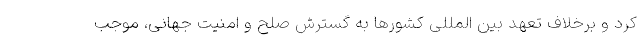
کرد و برخلاف تعهد بین المللی کشورها به گسترش صلح و امنیت جهانی، موجب